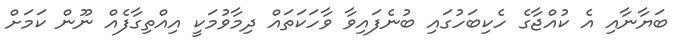
ބަޔާނާއި އެ ކުއްޖާގެ ހެކިބަހުގައި ބުނެފައިވާ ވާހަކަތައް ދިމާވުމަކީ އިއްތިގާފެއް ނޫން ކަމަށް